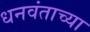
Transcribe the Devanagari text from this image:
धनवंताच्या